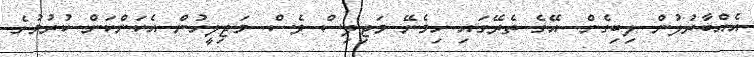
އެއްބާރުލުން ލިބިގެން. އޭގެ ތެރޭގައި ހިމެނޭ މަޖިލިސް ވެސް. މަޖިލީހުން އެކަންކަން ކުރުމުގެ